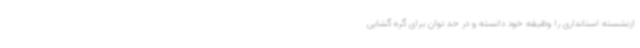
ازنشسته استانداری را وظیفه خود دانسته و در حد توان برای گره گشایی